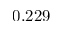
0 . 2 2 9